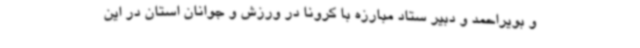
و بویراحمد و دبیر ستاد مبارزه با کرونا در ورزش و جوانان استان در این